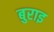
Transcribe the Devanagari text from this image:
बुराइ